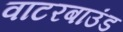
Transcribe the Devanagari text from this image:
वाटरबाउंड